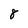
Character: 8